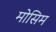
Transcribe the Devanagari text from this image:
मोसिम